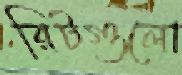
রিটগুলো